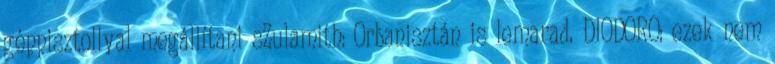
géppisztollyal megállítani sZulamith: Orbanisztán is lemarad. DIODORO: ezek nem